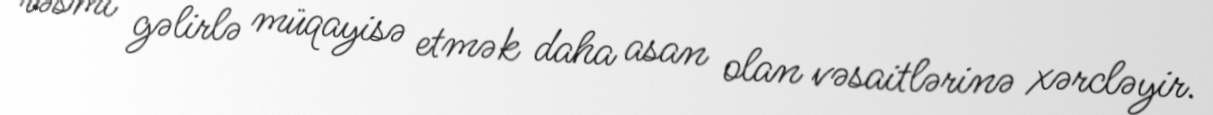
rəsmi gəlirlə müqayisə etmək daha asan olan vəsaitlərinə xərcləyir.